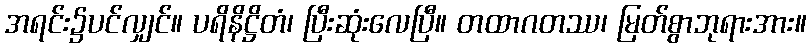
အရင်း၌ပင်လျှင်။ ပရိနိဋ္ဌိတံ၊ ပြီးဆုံးလေပြီ။ တထာဂတဿ၊ မြတ်စွာဘုရားအား။